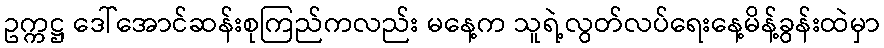
ဥက္ကဋ္ဌ ဒေါ်အောင်ဆန်းစုကြည်ကလည်း မနေ့က သူရဲ့လွတ်လပ်ရေးနေ့မိန့်ခွန်းထဲမှာ